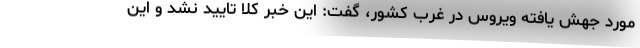
مورد جهش یافته ویروس در غرب کشور، گفت: این خبر کلا تایید نشد و این‌